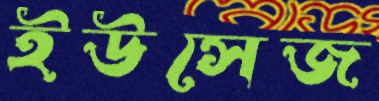
ইউসেজ